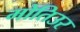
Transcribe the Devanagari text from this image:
मोतिउर